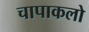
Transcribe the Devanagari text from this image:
चापाकलो